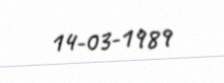
14-03-1989